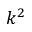
k ^ { 2 }